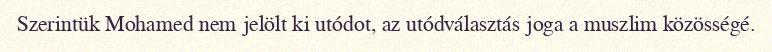
Szerintük Mohamed nem jelölt ki utódot, az utódválasztás joga a muszlim közösségé.